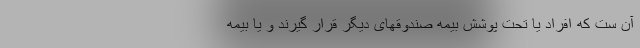
آن ست که افراد یا تحت پوشش بیمه صندوقهای دیگر قرار گیرند و یا بیمه